Civil Veterinary Dept. North-West Frontier Province 1933-46 - 1933-1946
Year: 1933
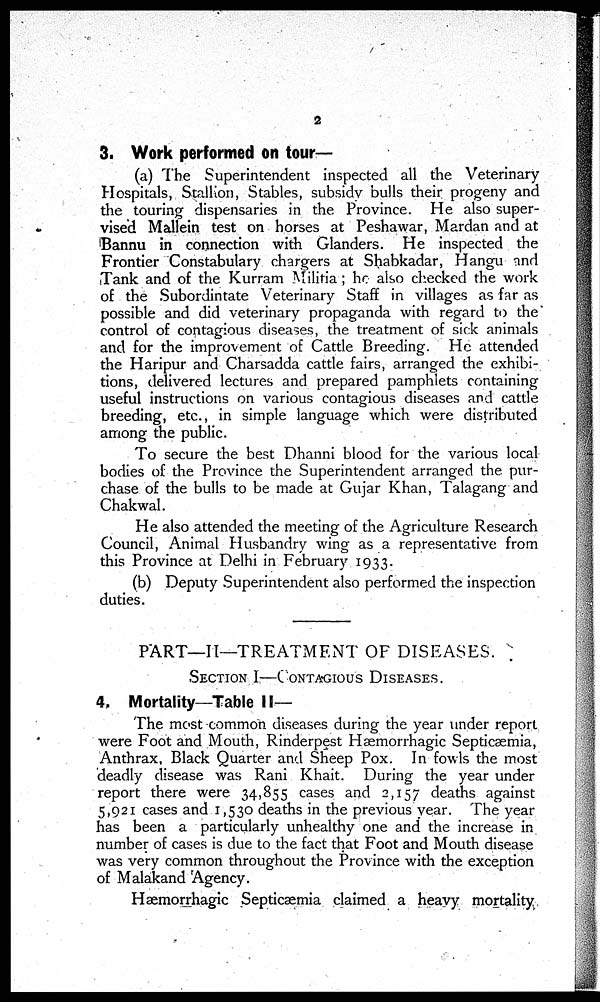
2
3. Work performed on tour—
(a) The Superintendent inspected all the Veterinary
Hospitals, Stallion, Stables, subsidy bulls their progeny and
the touring dispensaries in the Province. He also super-
vised Mallein test on horses at Peshawar, Mardan and at
Bannu in connection with Glanders. He inspected the
Frontier Constabulary chargers at Shabkadar, Hangu and
Tank and of the Kurram Militia; he also checked the work
of the Subordintate Veterinary Staff in villages as far as
possible and did veterinary propaganda with regard to the
control of contagious diseases, the treatment of sick animals
and for the improvement of Cattle Breeding. He attended
the Haripur and Charsadda cattle fairs, arranged the exhibi-
tions, delivered lectures and prepared pamphlets containing
useful instructions on various contagious diseases and cattle
breeding, etc., in simple language which were distributed
among the public.
To secure the best Dhanni blood for the various local
bodies of the Province the Superintendent arranged the pur-
chase of the bulls to be made at Gujar Khan, Talagang and
Chakwal.
He also attended the meeting of the Agriculture Research
Council, Animal Husbandry wing as a representative from
this Province at Delhi in February 1933.
(b) Deputy Superintendent also performed the inspection
duties.
PART—II—TREATMENT OF DISEASES.
SECTION I—CONTAGIOUS DISEASES.
4. Mortality—Table II—
The most common diseases during the year under report
were Foot and Mouth, Rinderpest Hæmorrhagic Septicæmia,
Anthrax, Black Quarter and Sheep Pox. In fowls the most
deadly disease was Rani Khait. During the year under
report there were 34,855 cases and 2,157 deaths against
5,921 cases and 1,530 deaths in the previous year. The year
has been a particularly unhealthy one and the increase in
number of cases is due to the fact that Foot and Mouth disease
was very common throughout the Province with the exception
of Malakand Agency.
Hæmorrhagic Septicæmia claimed a heavy mortality